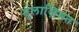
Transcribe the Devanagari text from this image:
मुलाज़िमत